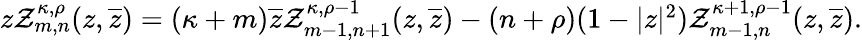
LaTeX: \begin{array}{r}{z\mathcal{Z}_{m,n}^{\kappa,\rho}(z,\overline{{z}})=(\kappa+m)\overline{{z}}\mathcal{Z}_{m-1,n+1}^{\kappa,\rho-1}(z,\overline{{z}})-(n+\rho)(1-|z|^{2})\mathcal{Z}_{m-1,n}^{\kappa+1,\rho-1}(z,\overline{{z}}).}\end{array}